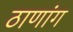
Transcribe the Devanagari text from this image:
ठाणांग